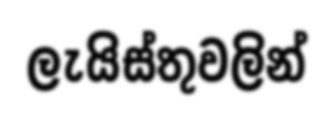
ලැයිස්තුවලින්